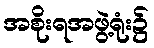
အစိုးရအဖွဲ့ရုံး၌